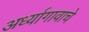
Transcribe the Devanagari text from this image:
अर्ध्यागावाचे